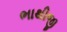
ભાથીજી